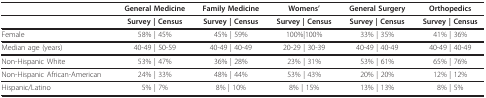
<table><thead><tr><td></td><td><b>General Medicine</b></td><td><b>Family Medicine</b></td><td><b>Womens&#x27;</b></td><td><b>General Surgery</b></td><td><b>Orthopedics</b></td></tr></thead><tbody><tr><td></td><td><b>Survey | Census</b></td><td><b>Survey | Census</b></td><td><b>Survey | Census</b></td><td><b>Survey | Census</b></td><td><b>Survey | Census</b></td></tr><tr><td>Female</td><td>58% | 45%</td><td>45% | 59%</td><td>100%|100%</td><td>33% | 35%</td><td>41% | 36%</td></tr><tr><td>Median age (years)</td><td>40-49 | 50-59</td><td>40-49 | 40-49</td><td>20-29 | 30-39</td><td>40-49 | 40-49</td><td>40-49 | 40-49</td></tr><tr><td>Non-Hispanic White</td><td>53% | 47%</td><td>36% | 28%</td><td>23% | 31%</td><td>53% | 61%</td><td>65% | 76%</td></tr><tr><td>Non-Hispanic African-American</td><td>24% | 33%</td><td>48% | 44%</td><td>53% | 43%</td><td>20% | 20%</td><td>12% | 12%</td></tr><tr><td>Hispanic/Latino</td><td>5% | 7%</td><td>8% | 10%</td><td>8% | 15%</td><td>13% | 13%</td><td>8% | 5%</td></tr></tbody></table>